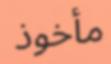
مأخوذ